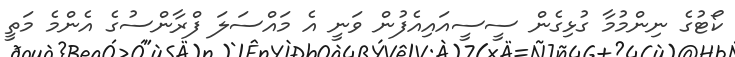
ކޯޓުގެ ނިންމުމާ ގުޅިގެން ސީސީއައިއެފުން ވަނީ އެ މައްސަލަ ފްރާންސުގެ އެންމެ މަތީ